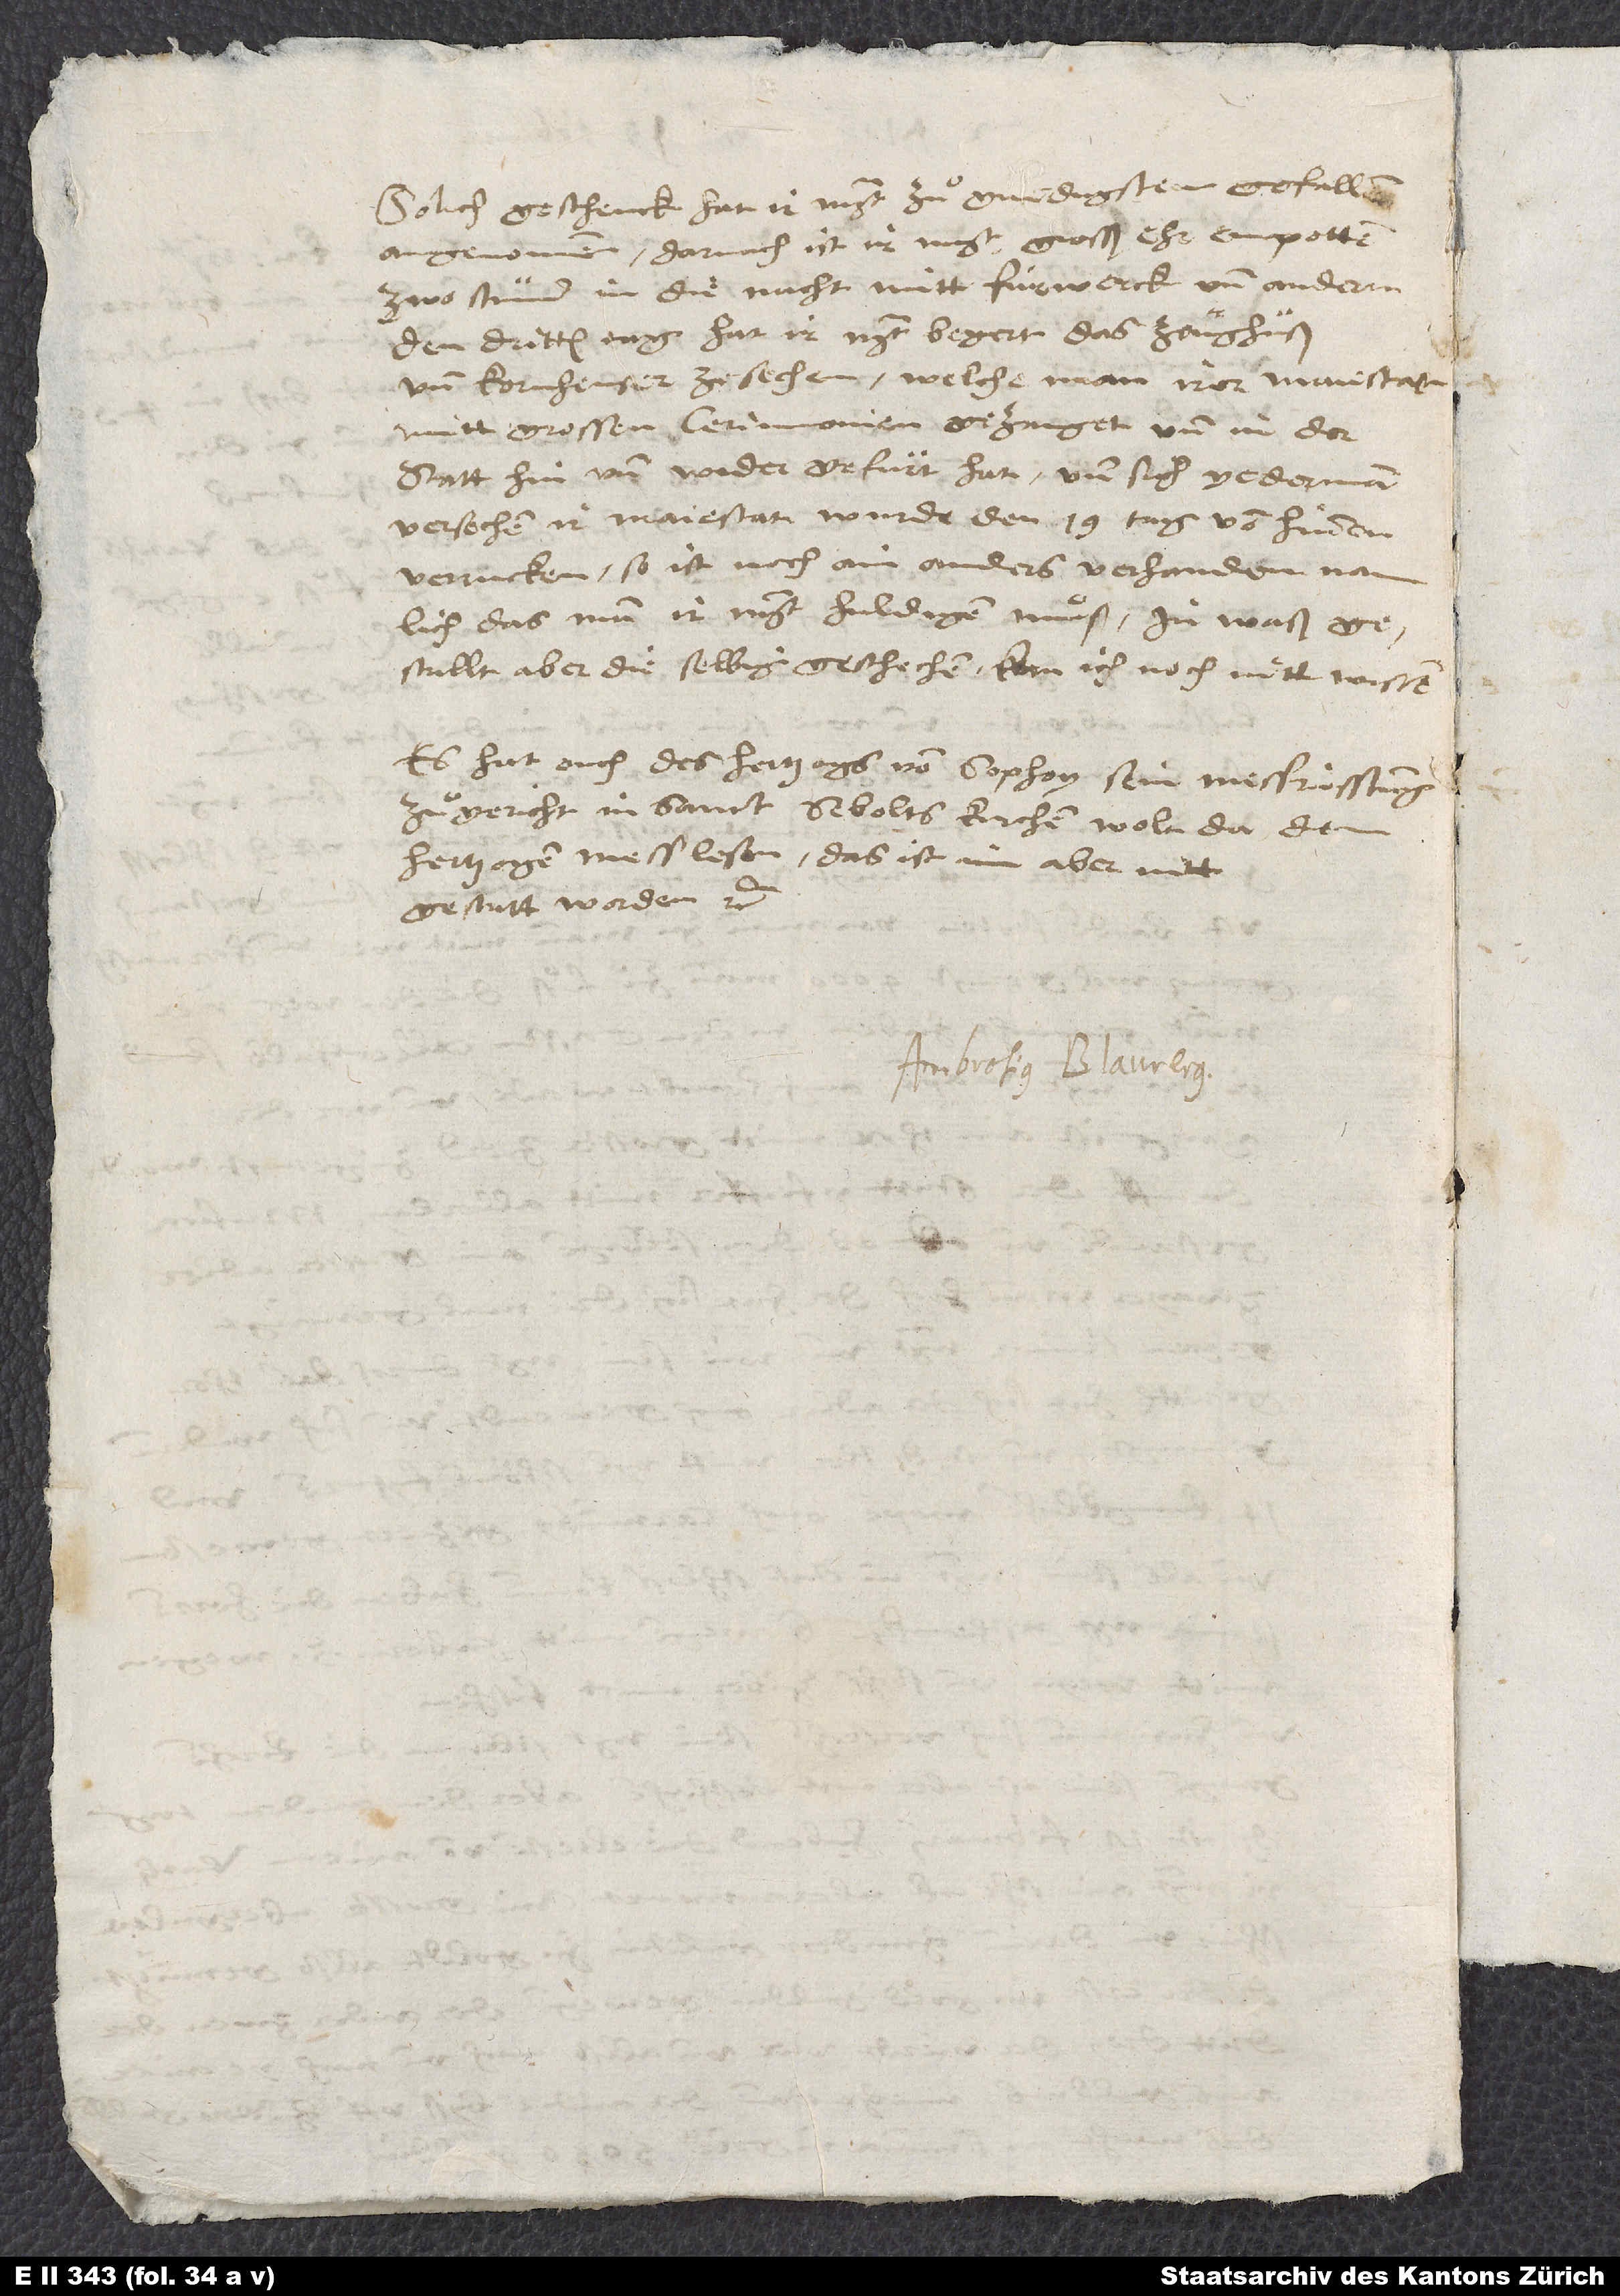
Solch geschenck hat ir mt. zuͦ gnedigstem gefallen
angenomen; darnach ist ir mt. grosß ehr empotten
16.
zwo stund in die nacht mitt fürwerck und anderm.
Den dritten tag hat ir mt. begert, das zeughuß
und kornheuser zesechen, welche man irer maiestat
mitt grossen cerimonien gezaiget und in der
statt hin und wider gefuͦrt hat und sich yederman
versechen, ir majestat wurde den 19. tag von hinnen
verrucken, so ist noch ain anders vorhanden, namlich
das man ir mt. huldigen muͦß, in waß
gestallt aber die selbig geschechen, kan ich noch nitt wissen.
Es hat ouch des hertzogs von Sophoy sein messrüstung
zuͦgericht in sanct Sebolts kirchen, wolt da dem
hertzogen mess lesen; das ist im aber nitt
gestatt worden etc.